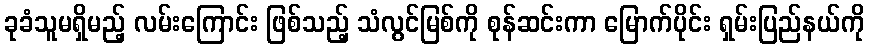
ခုခံသူမရှိမည့် လမ်းကြောင်း ဖြစ်သည့် သံလွင်မြစ်ကို စုန်ဆင်းကာ မြောက်ပိုင်း ရှမ်းပြည်နယ်ကို